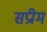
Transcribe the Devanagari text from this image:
सप्रीम